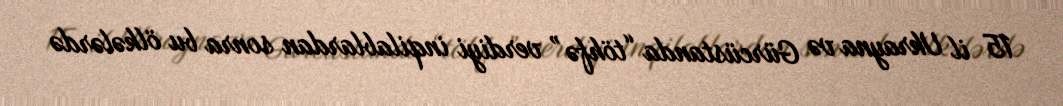
15 il Ukrayna və Gürcüstanda “töhfə” verdiyi inqilablardan sonra bu ölkələrdə